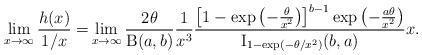
LaTeX: \begin{align*}\lim_{x\to\infty}\frac{h(x)}{1/x}=&\lim_{x\to\infty}\frac{2\theta}{\operatorname{B}(a,b)}\frac{1}{x^3}\frac{\left[ 1-\exp\left(-\frac{\theta}{x^2}\right) \right]^{b-1} \exp\left(-\frac{a\theta}{x^2}\right)}{\operatorname{I}_{1-\exp(-\theta/x^2)}(b,a)}x.\end{align*}